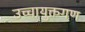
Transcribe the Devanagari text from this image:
उच्चायुक्तगण